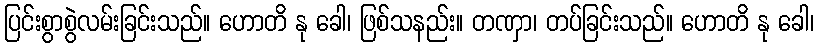
ပြင်းစွာစွဲလမ်းခြင်းသည်။ ဟောတိ နု ခေါ၊ ဖြစ်သနည်း။ တဏှာ၊ တပ်ခြင်းသည်။ ဟောတိ နု ခေါ၊